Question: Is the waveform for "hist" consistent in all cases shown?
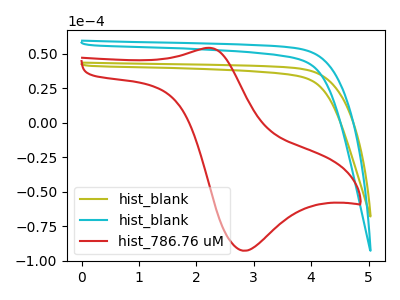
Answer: <think>The olive curve "hist_blank" has no peaks. The cyan curve "hist_blank" has no peaks. The red curve "hist_786.76 uM" has an anodic peak at (2.25V, 54.20uA) and a cathodic peak at (2.85V, -92.80uA).
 Neither "hist_blank" or "hist_blank" have any peaks. "hist_blank" and "hist_786.76 uM" have a different number of peaks. "hist_blank" and "hist_786.76 uM" have a different number of peaks.</think>
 <answer>All the CV's of "hist" have similar shape.</answer>
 <eval>follow_rule</eval>